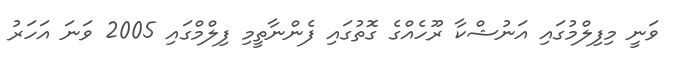
ވަނީ މިފިލްމުގައި އަނުޝްކާ ރޫހެއްގެ ގޮތުގައި ފެންނާތީމި ފިލްމްގައި 2005 ވަނަ އަހަރު